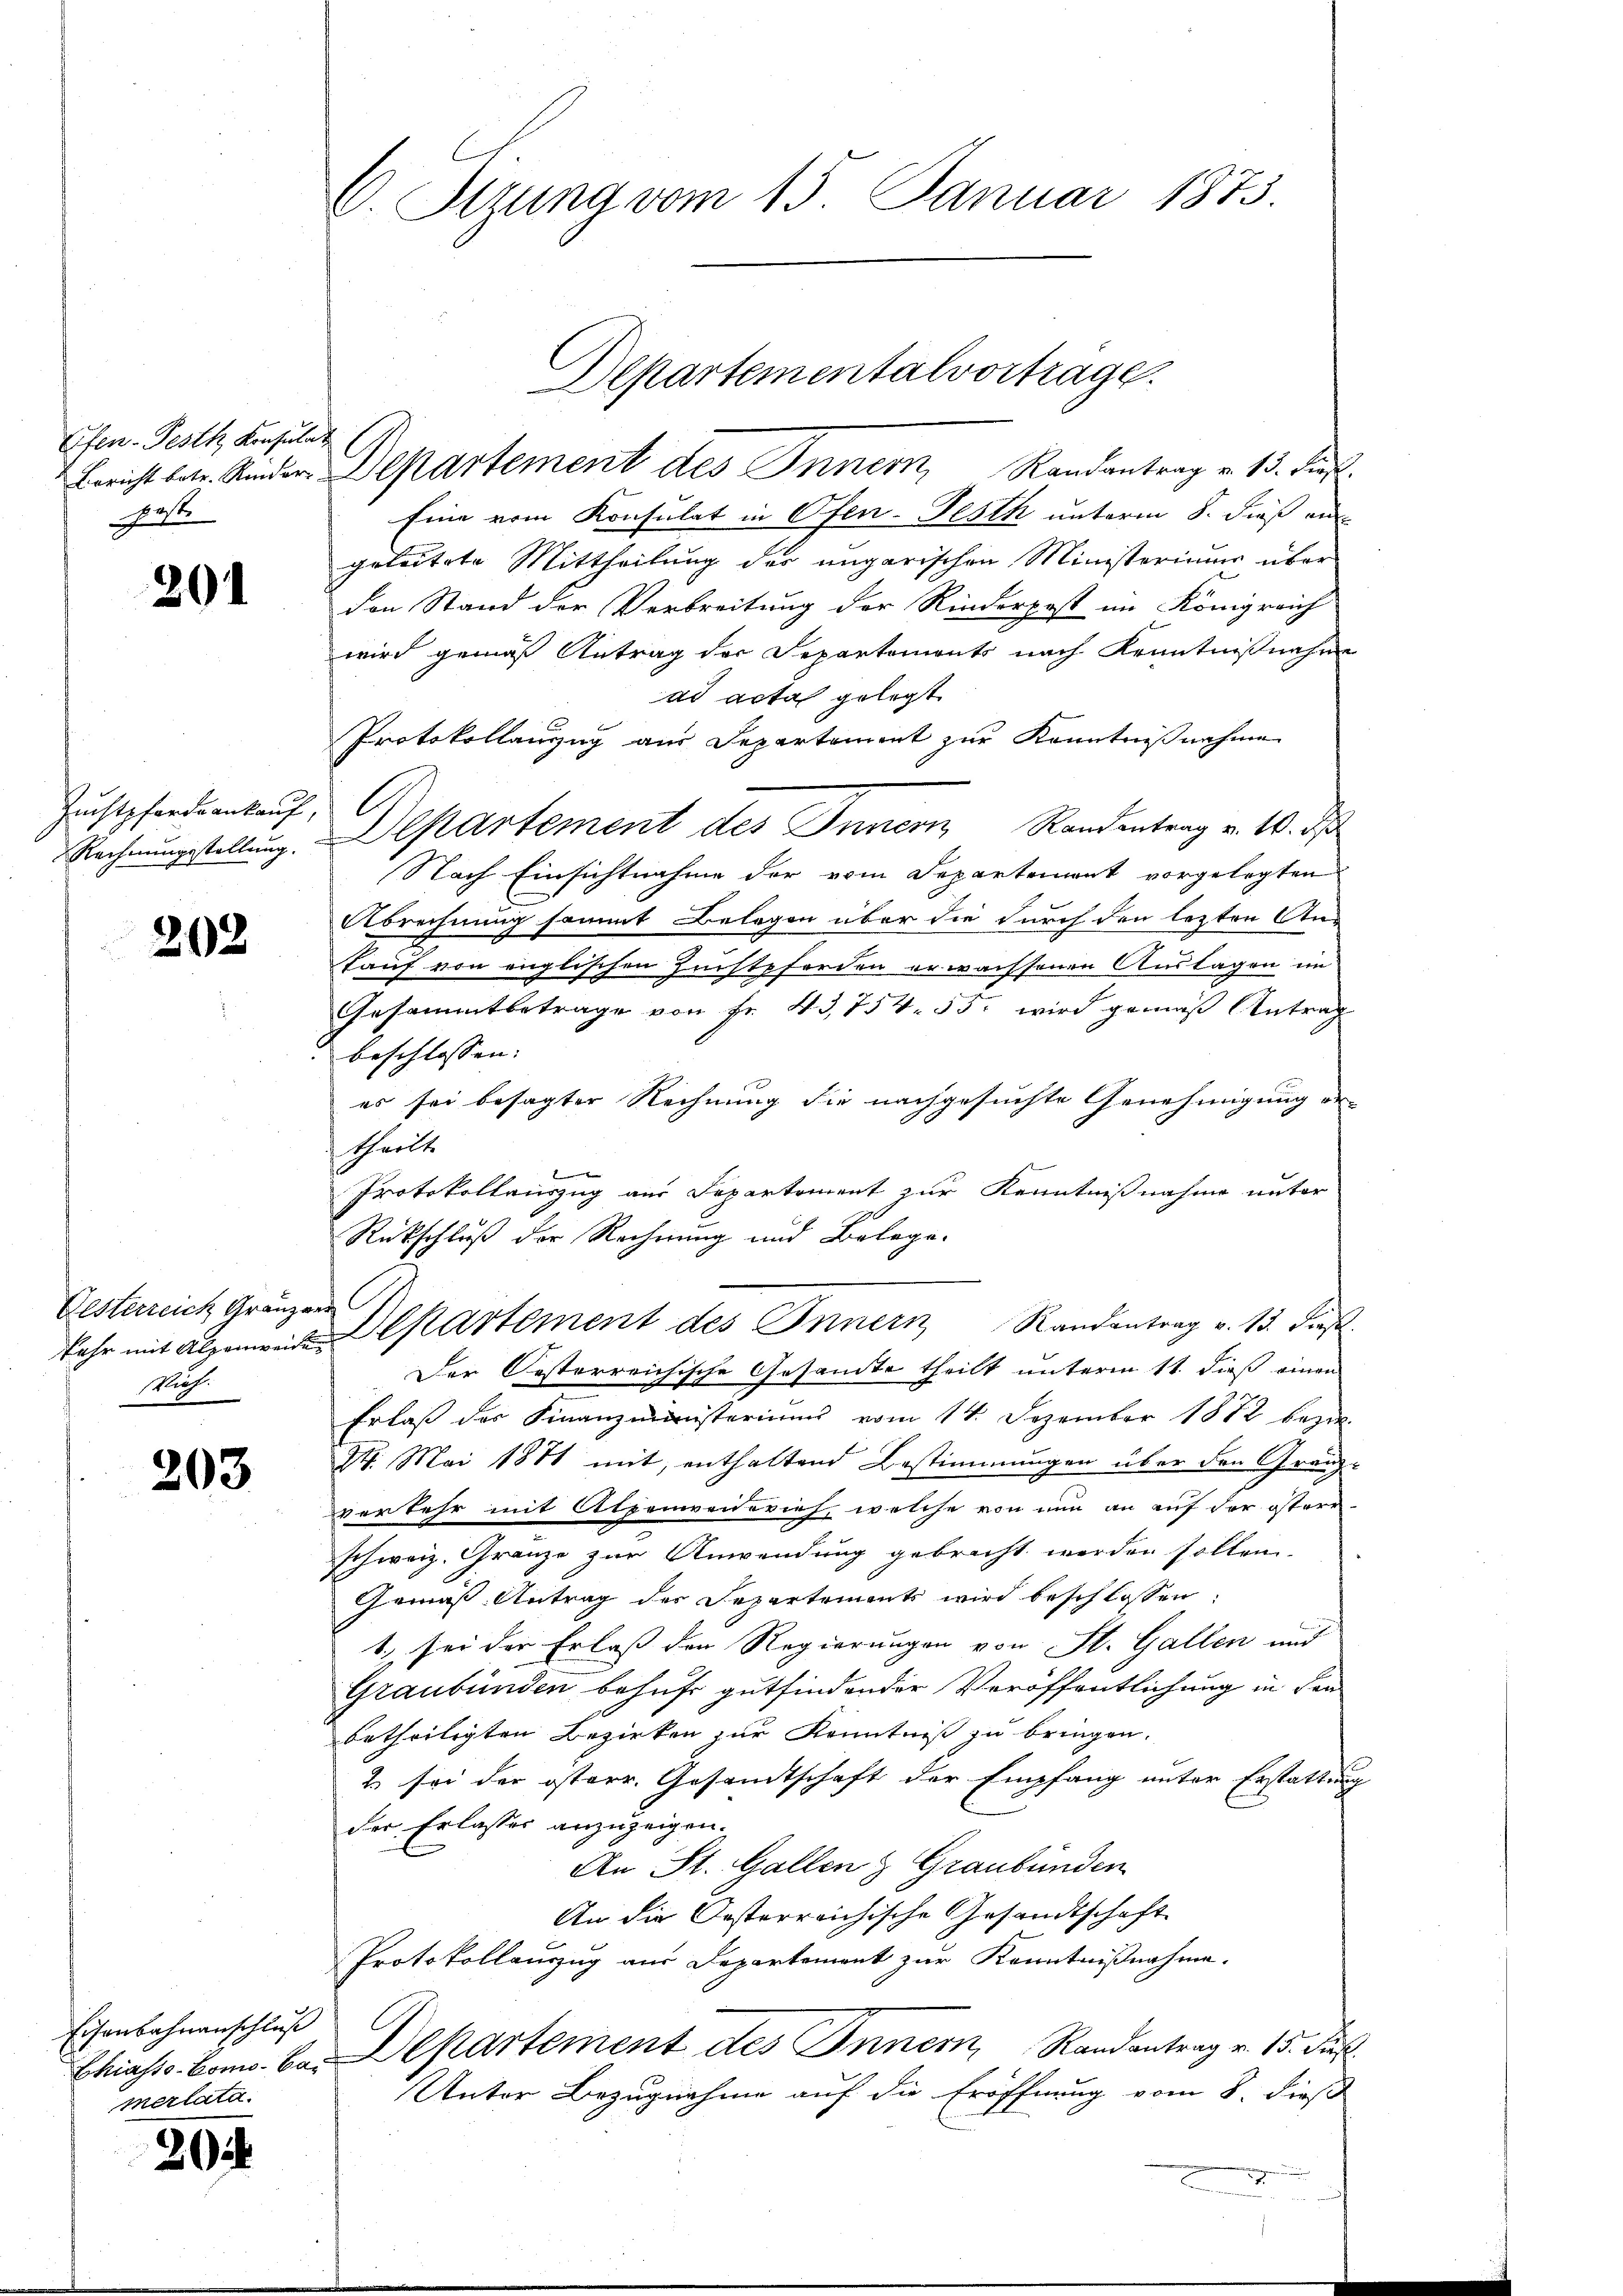
Efen-Festh Konsulat
post.

201

Zuchtpferde ankauf,
Rechnungsstellung.

202

Gesterreich Grauzern
stlich.

203

Eisenbahnanschluß
merlata.

204

C. Stzung vom 15. Januar 1873.

Departementalvortrage.
Bericht betr. Ander Departement des Innern, Randantrag v. 13. Sie

Eine vom Konsulat in Ofen-Festh unterm 8. dieß an
geleitete Mittheilung der ungarischen Ministerium über
den Stand der Verbreitung der Rinderpost im Königreich
wird gemäß Antrag der Separtemonts nach Kenntnißnahme
ad acta gelegt
Protokollanzug aus Departement zur Kenntnißnahme
Departement des Innern Randentrag v. 10. d
Nach Einsichtnahme der vom Departement vorgelegten
Abrechnung sammt Belegen über die durch den lezten An¬
Tauf von englischen Zunftpforden erwachsenen Auslagen im
Gesammtbetrage von Fr. 43,754. 55. wird gemäß Antrag
beschlossen:
es sei besagter Rechnung die nachgesuchte Genehmigung er-
theilt.
te |
Protokollauszug aus Separtement zur Kenntnißnahme unter
Rückschluß der Rechnung und Belage.
kehr mit als Cartement des Innern Randantrag v. 13. dies
Der Oesterreichische Gesamte theilt unterm 11. dieß einen
Erlaß der Finanzministeriums vom 14. Dezember 1872 bezi
27. Mai 1871 mit, enthaltend Bestimmungen über den Gränzverkehr mit Alpenvenerich, welche von nun an auf der österr
schweiz. Gränze zur Anwendung gebracht werden sollen.
Gemäß Antrag der Departements wird beschlossen:
1. sei der Erlass den Regierungen von St. Gallen und
Graubünden behufe gutfindender Veröffentlichung in den
betheiligten Bezirken zur Kenntniß zu bringen.
2 sei der osterr. Gesandtschaft der Empfang unter Erstatten
der Erlasses anzuzeigen.
An St. Gallen & Graubünden
An die Oesterreichische Gesandtschaft
Protokollauszug aus Departement zur Kenntnißnahme.
Chiasss-Bomo. Bei Departement des Innern Randantrag v. 15. Jul.
Unter Bezugnahme auf die Eröffnung vom 8. dieß